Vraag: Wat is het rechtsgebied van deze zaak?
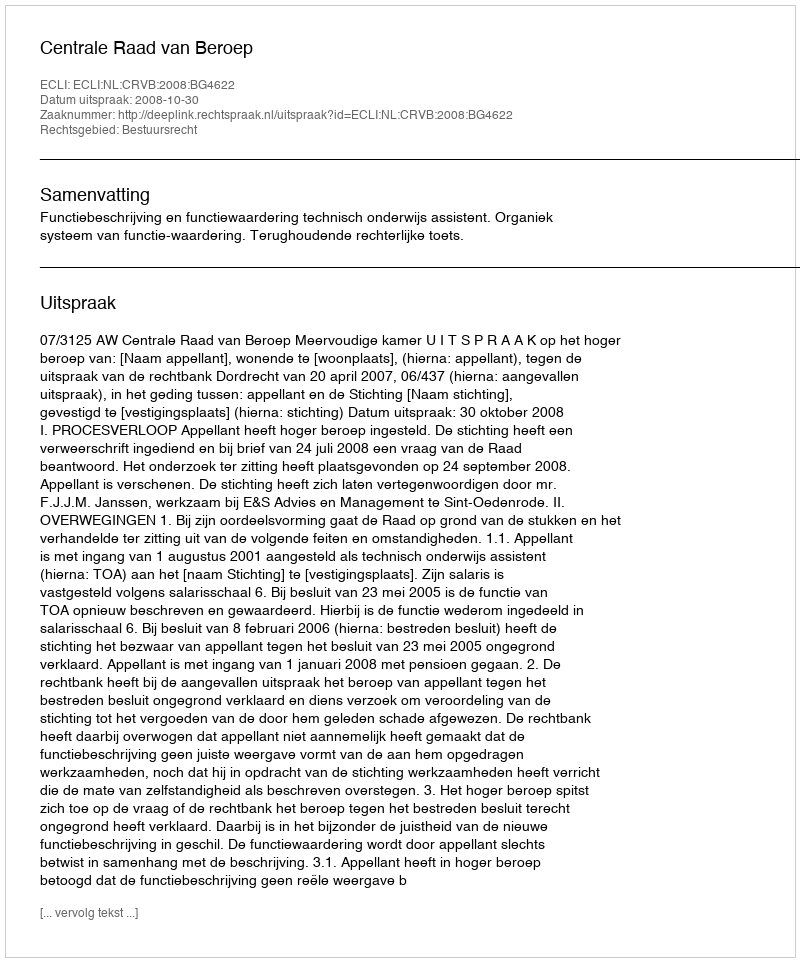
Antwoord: Bestuursrecht